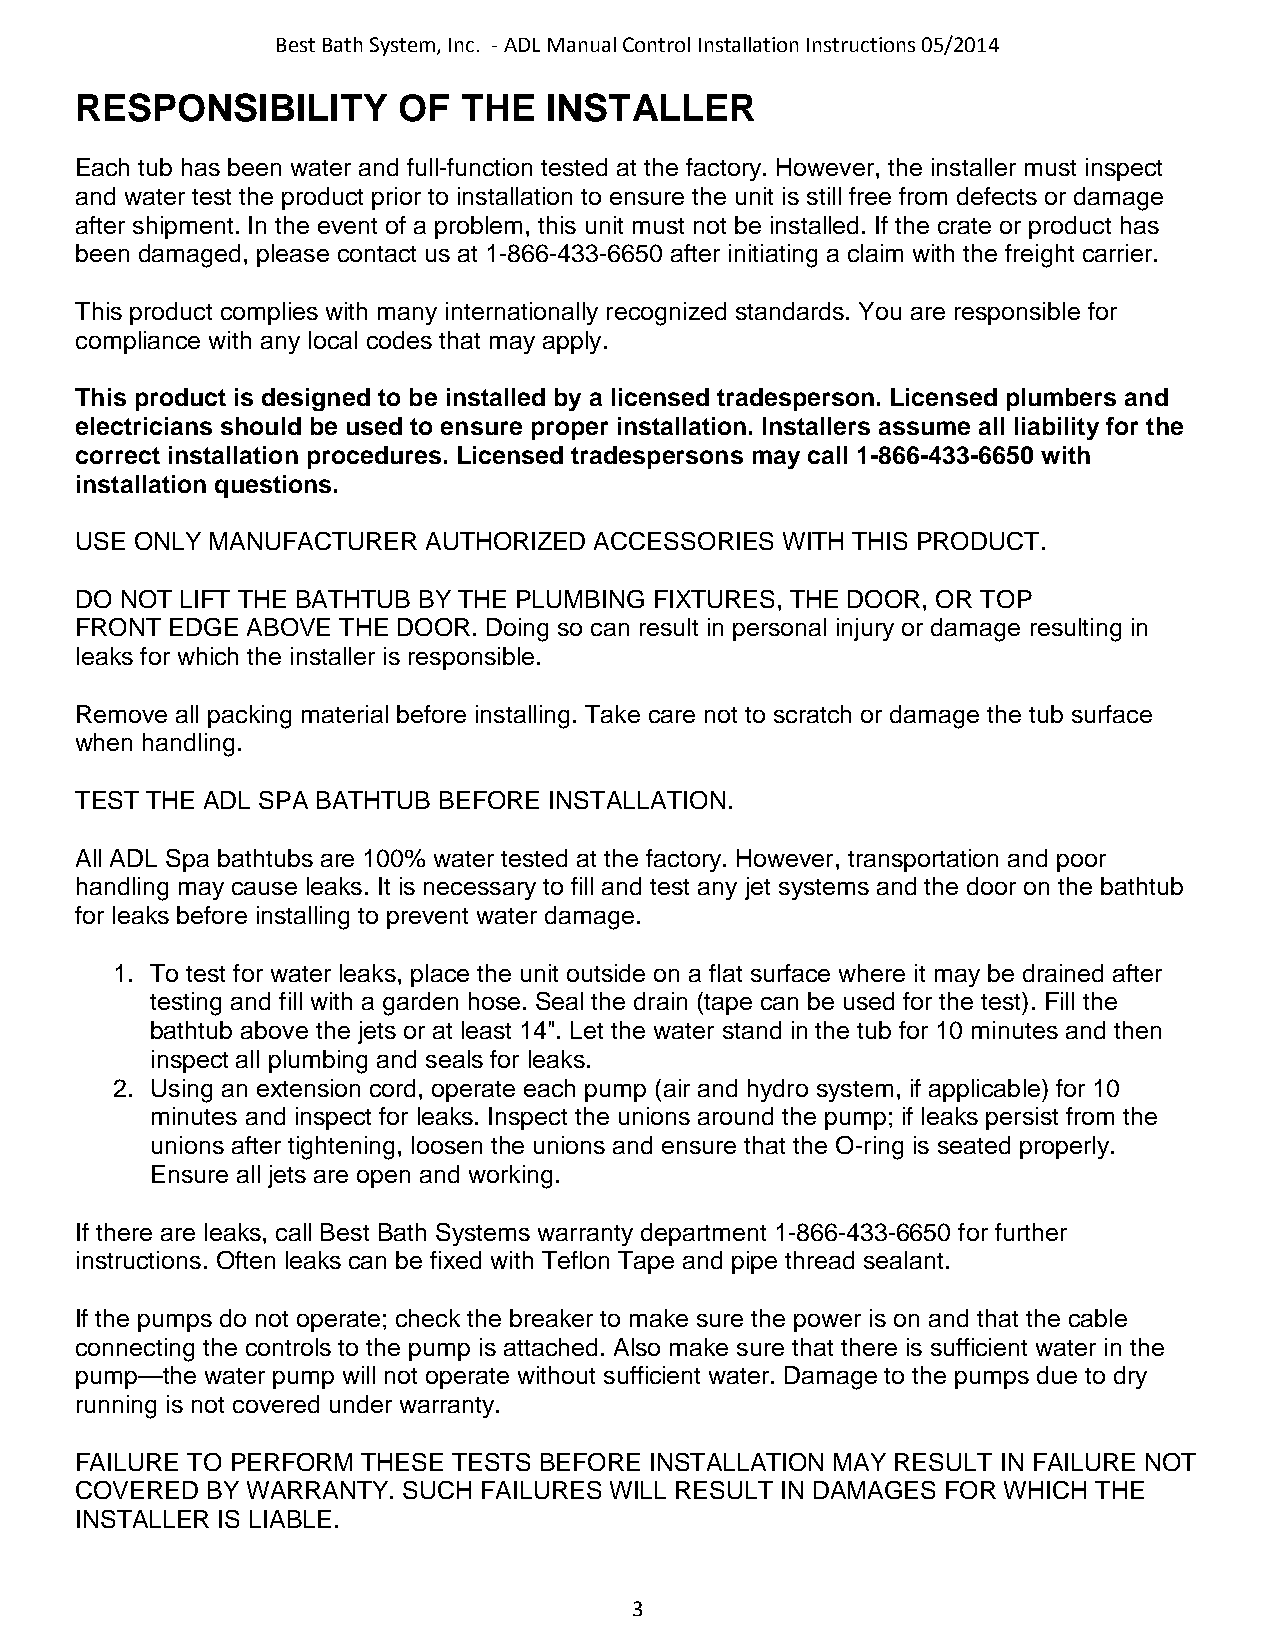
Best Bath System, Inc. - ADL Manual Control Installation Instructions 05/2014
 RESPONSIBILITY       OF   THE  INSTALLER
 Each tub has been water and full-function tested at the factory. However, the installer must inspect
 and water test the product prior to installation to ensure the unit is still free from defects or damage
 after shipment. In the event of a problem, this unit must not be installed. If the crate or product has
 been damaged, please contact us at 1-866-433-6650 after initiating a claim with the freight carrier.
 This product complies with many internationally recognized standards. You are responsible for
 compliance with any local codes that may apply.
 This product is designed to be installed by a licensed tradesperson. Licensed plumbers and
 electricians should be used to ensure proper installation. Installers assume all liability for the
 correct installation procedures. Licensed tradespersons may call 1-866-433-6650 with
 installation questions.
 USE ONLY MANUFACTURER  AUTHORIZED ACCESSORIES  WITH THIS PRODUCT.
 DO NOT LIFT THE BATHTUB BY THE PLUMBING FIXTURES, THE DOOR, OR TOP
 FRONT EDGE ABOVE THE DOOR. Doing so can result in personal injury or damage resulting in
 leaks for which the installer is responsible.
 Remove all packing material before installing. Take care not to scratch or damage the tub surface
 when handling.
 TEST THE ADL SPA BATHTUB BEFORE INSTALLATION.
 All ADL Spa bathtubs are 100% water tested at the factory. However, transportation and poor
 handling may cause leaks. It is necessary to fill and test any jet systems and the door on the bathtub
 for leaks before installing to prevent water damage.
 1. To test for water leaks, place the unit outside on a flat surface where it may be drained after
 testing and fill with a garden hose. Seal the drain (tape can be used for the test). Fill the
 bathtub above the jets or at least 14". Let the water stand in the tub for 10 minutes and then
 inspect all plumbing and seals for leaks.
 2. Using an extension cord, operate each pump (air and hydro system, if applicable) for 10
 minutes and inspect for leaks. Inspect the unions around the pump; if leaks persist from the
 unions after tightening, loosen the unions and ensure that the O-ring is seated properly.
 Ensure all jets are open and working.
 If there are leaks, call Best Bath Systems warranty department 1-866-433-6650 for further
 instructions. Often leaks can be fixed with Teflon Tape and pipe thread sealant.
 If the pumps do not operate; check the breaker to make sure the power is on and that the cable
 connecting the controls to the pump is attached. Also make sure that there is sufficient water in the
 pump—the water pump will not operate without sufficient water. Damage to the pumps due to dry
 running is not covered under warranty.
 FAILURE TO PERFORM THESE TESTS BEFORE INSTALLATION MAY RESULT IN FAILURE NOT
 COVERED  BY WARRANTY. SUCH FAILURES WILL RESULT IN DAMAGES FOR WHICH THE
 INSTALLER IS LIABLE.
 3